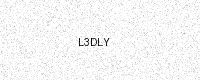
Text: L3DLY